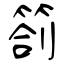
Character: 劄